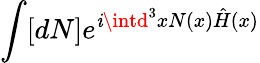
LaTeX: \int[dN]e^{\mathit{i}\intd^{3}xN(x){\hat{{H}}}(x)}